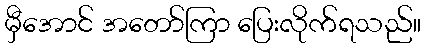
မှီအောင် အတော်ကြာ ပြေးလိုက်ရသည်။